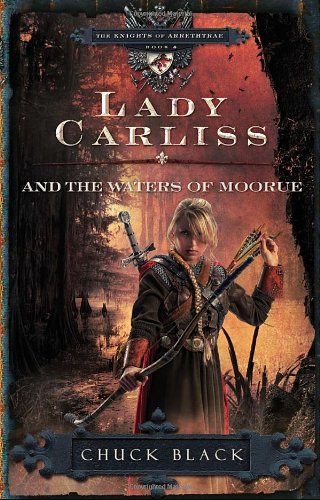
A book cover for Lady Carliss and the Waters of Moorue (The Knights of Arrethtrae); Chuck Black; Religion & Spirituality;